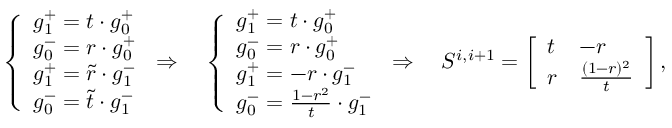
\left\{ \begin{array} { l l } { g _ { 1 } ^ { + } = t \cdot g _ { 0 } ^ { + } } \\ { g _ { 0 } ^ { - } = r \cdot g _ { 0 } ^ { + } } \\ { g _ { 1 } ^ { + } = \tilde { r } \cdot g _ { 1 } ^ { - } } \\ { g _ { 0 } ^ { - } = \tilde { t } \cdot g _ { 1 } ^ { - } } \end{array} \right. \Rightarrow \quad \left\{ \begin{array} { l l } { g _ { 1 } ^ { + } = t \cdot g _ { 0 } ^ { + } } \\ { g _ { 0 } ^ { - } = r \cdot g _ { 0 } ^ { + } } \\ { g _ { 1 } ^ { + } = - r \cdot g _ { 1 } ^ { - } } \\ { g _ { 0 } ^ { - } = \frac { 1 - r ^ { 2 } } { t } \cdot g _ { 1 } ^ { - } } \end{array} \right. \Rightarrow \quad S ^ { i , i + 1 } = \left[ \begin{array} { l l } { t } & { - r } \\ { r } & { \frac { ( 1 - r ) ^ { 2 } } { t } } \end{array} \right] ,